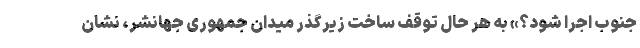
جنوب اجرا شود؟» به هر حال توقف ساخت زیرگذر میدان جمهوری جهانشر، نشان